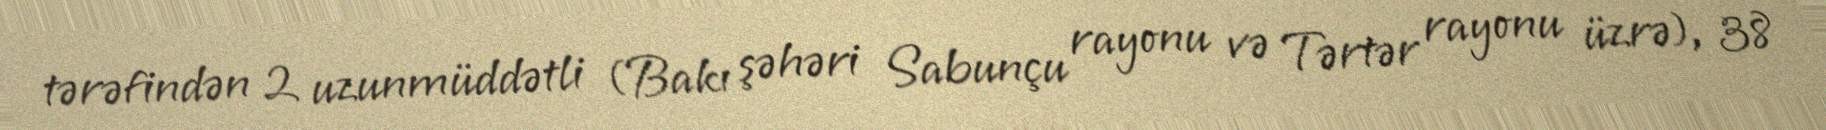
tərəfindən 2 uzunmüddətli (Bakı şəhəri Sabunçu rayonu və Tərtər rayonu üzrə), 38